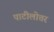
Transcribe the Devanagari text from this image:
पाटीलोत्तर